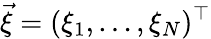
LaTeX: \vec{\xi}=(\xi_{1},\ldots,\xi_{N})^{\top}